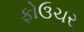
ફોઉચર